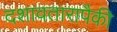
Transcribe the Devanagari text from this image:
दशावतारापैकी